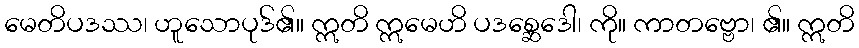
မေတိပဒဿ၊ ဟူသောပုဒ်၏။ ဣတိ ဣမေဟိ ပဒစ္ဆေဒေါ၊ ကို။ ကာတဗ္ဗော၊ ၏။ ဣတိ